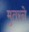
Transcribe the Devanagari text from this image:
मुतरने